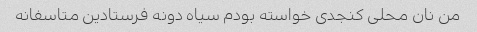
من نان محلی کنجدی خواسته بودم سیاه دونه فرستادین متاسفانه